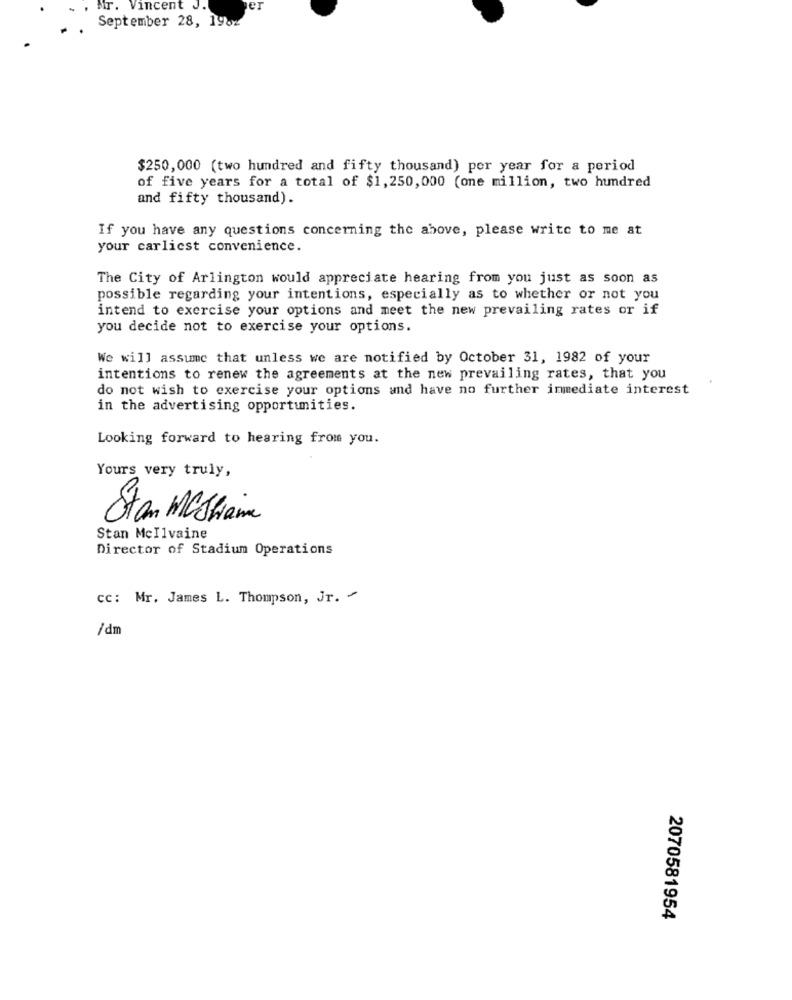
MT. Vincent J.
er
September 28, 1962
$250,000 (two hundred and fifty thousand) per year for a period
of five years for a total of $1, 250, 000 (one million, two hundred
and fifty thousand).
If you have any questions concerning the above, please write to me at
your earliest convenience.
The City of Arlington would appreciate hearing from you just as soon as
possible regarding your intentions, especially as to whether or not you
intend to exercise your options and meet the new prevailing rates or if
you decide not to exercise your options.
We will assume that unless we are notified by October 31, 1982 of your
intentions to renew the agreements at the new prevailing rates, that you
do not wish to exercise your options and have no further immediate interest
in the advertising opportunities.
Looking forward to hearing from you.
Yours very truly,
Stan Mcshane
Stan Mellvaine
Director of Stadium Operations
cc: Mr. James L. Thompson, Jr. "
/dm
2070581954